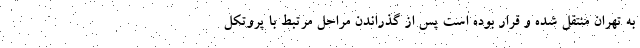
به تهران منتقل شده و قرار بوده است پس از گذراندن مراحل مرتبط با پروتکل